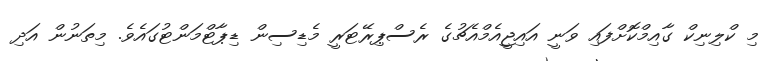
މި ކްލިނިކް ގާއިމްކޮށްފައި ވަނީ އައިޖީއެމްއެޗުގެ ރެސްޕިރޭޓަރީ މެޑިސިން ޑިޕާޓްމަންޓުގައެވެ. މިތަނުން އަދި